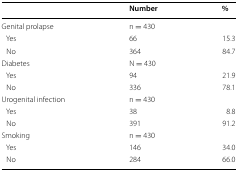
<table><thead><tr><td></td><td><b>Number</b></td><td><b>%</b></td></tr></thead><tbody><tr><td>Genital prolapse</td><td>n = 430</td><td></td></tr><tr><td> Yes</td><td>66</td><td>15.3</td></tr><tr><td> No</td><td>364</td><td>84.7</td></tr><tr><td>Diabetes</td><td>N = 430</td><td></td></tr><tr><td> Yes</td><td>94</td><td>21.9</td></tr><tr><td> No</td><td>336</td><td>78.1</td></tr><tr><td>Urogenital infection</td><td>n = 430</td><td></td></tr><tr><td> Yes</td><td>38</td><td>8.8</td></tr><tr><td> No</td><td>391</td><td>91.2</td></tr><tr><td>Smoking</td><td>n = 430</td><td></td></tr><tr><td> Yes</td><td>146</td><td>34.0</td></tr><tr><td> No</td><td>284</td><td>66.0</td></tr></tbody></table>